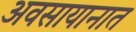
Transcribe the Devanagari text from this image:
अवसायानात